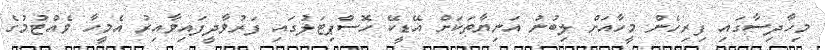
މިހާދިސާގައި ފިރިހެން މީހާއަށް ލިބުނު އަނިޔާތަކަށް އޭޑީކޭ ހޮސްޕިޓަލުގައި ފަރުވާދީފައިވާއިރު އެމީހާ ވެއްޓުމުގެ